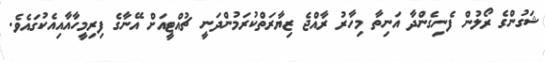
ޝަގުންގެ ރޯލުން ފެނިގެންދާ އަނިތާ މިހާރު ރާއްޖެ ޒިޔާރަތްކުރަމުންދަނީ ޗުއްޓީއަށް އޭނާގެ ފިރިމީހާއާއިއެކުގައެވެ.